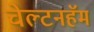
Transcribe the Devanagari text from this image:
चेल्टनहॅम